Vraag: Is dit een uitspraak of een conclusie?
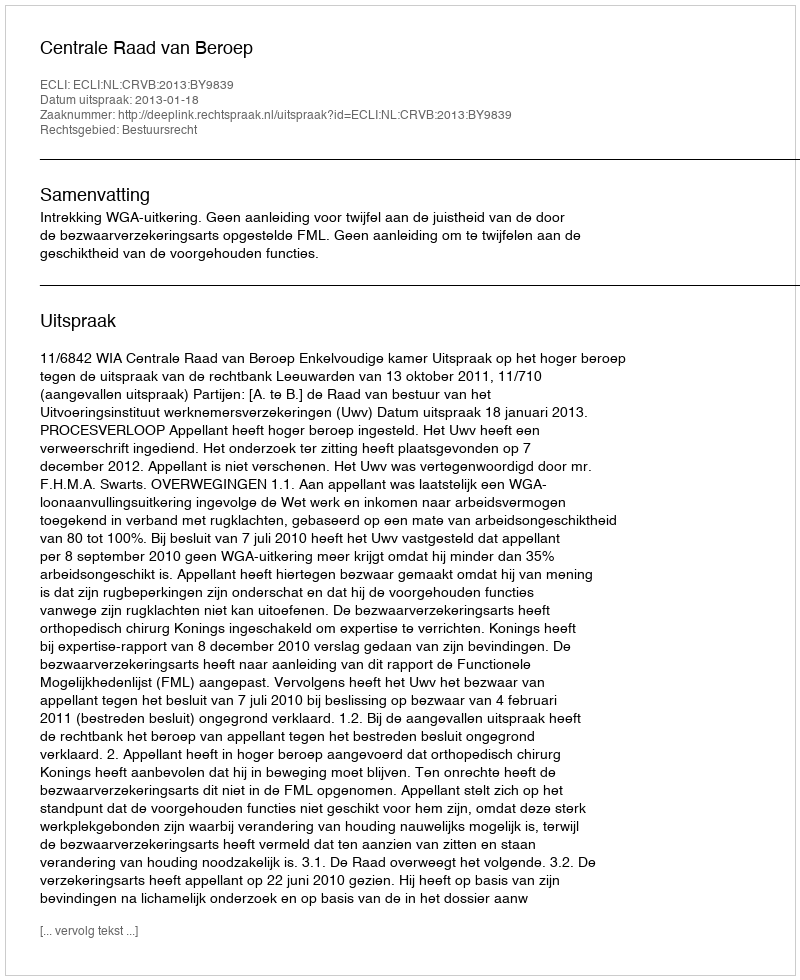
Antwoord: Uitspraak